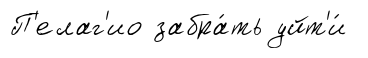
П'елаг'ио забра́ть уйт'и́